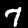
Label: 7